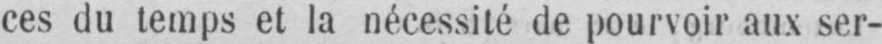
ces du temps et la nécessité de pourvoir aux ser-